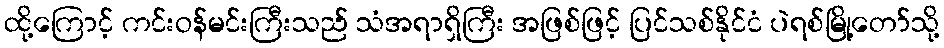
ထို့ကြောင့် ကင်းဝန်မင်းကြီးသည် သံအရာရှိကြီး အဖြစ်ဖြင့် ပြင်သစ်နိုင်ငံ ပဲရစ်မြို့တော်သို့